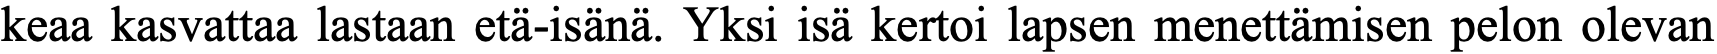
keaa kasvattaa lastaan etä-isänä. Yksi isä kertoi lapsen menettämisen pelon olevan